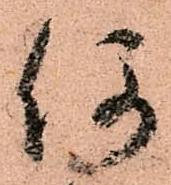
何